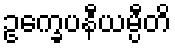
ဥက္ခေပနီယမ္ပီတိ